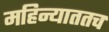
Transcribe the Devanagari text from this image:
महिन्याततच